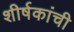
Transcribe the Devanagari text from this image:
शीर्षकांची